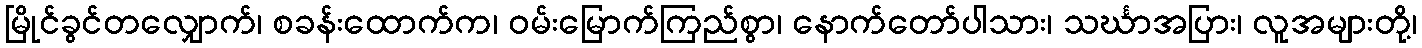
မြိုင်ခွင်တလျှောက်၊ စခန်းထောက်က၊ ဝမ်းမြောက်ကြည်စွာ၊ နောက်တော်ပါသား၊ သင်္ဃာအပြား၊ လူအများတို့၊